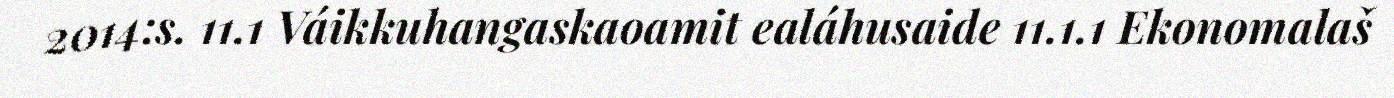
2014:s. 11.1 Váikkuhangaskaoamit ealáhusaide 11.1.1 Ekonomalaš